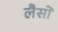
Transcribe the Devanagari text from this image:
लैसों